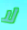
لا